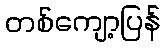
တစ်ကျော့ပြန်